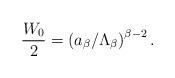
LaTeX: \begin{align*}\frac{W_{0}}{2} = \left(a_{\beta}/\Lambda_\beta\right)^{\beta-2}.\end{align*}